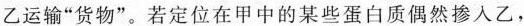
乙运输”货物”。若定位在甲中的某些蛋白质偶然掺入乙，